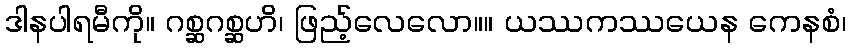
ဒါနပါရမီကို။ ဂစ္ဆဂစ္ဆဟိ၊ ဖြည့်လေလော။။ ယဿကဿယေန ကေနစံ၊